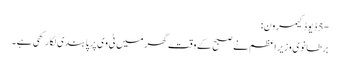
-5 ڈیوڈ کیمرون:
برطانوی وزیراعظم نے صبح کے وقت گھر میں ٹی وی پر پابندی لگارکھی ہے۔